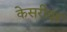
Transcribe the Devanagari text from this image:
केसरींवर